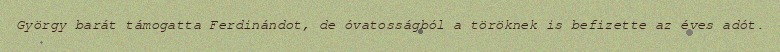
György barát támogatta Ferdinándot, de óvatosságból a töröknek is befizette az éves adót.